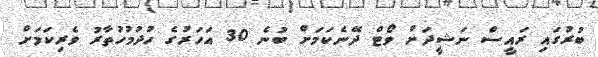
ބުރުގައި ރައީސް ނަޝީދަށް ވޯޓް ދޭނެކަމަށް ބުނެ 30 އަހަރުގެ ހުދުމުހުތާރު ވެރިކަމަށް